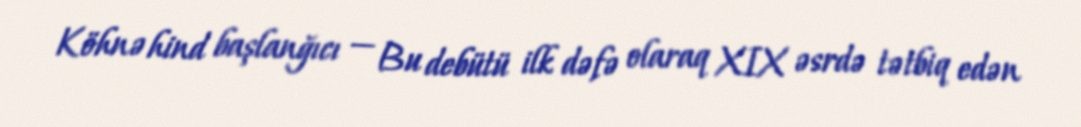
Köhnə hind başlanğıcı — Bu debütü ilk dəfə olaraq XIX əsrdə tətbiq edən